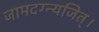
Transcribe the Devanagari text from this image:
जामदग्न्यजित्‌।